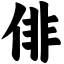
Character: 俳